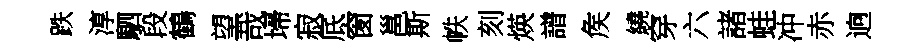
跌淳駟段鶴望哉埽寂底窗邕斯帙刻煐譜矦繞穿六諸蛙冲赤逈